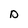
Character: D